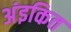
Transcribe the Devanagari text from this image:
अंइकित